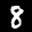
Label: 8